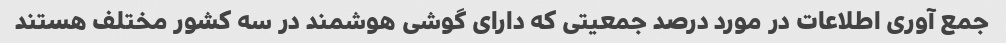
جمع آوری اطلاعات در مورد درصد جمعیتی که دارای گوشی هوشمند در سه کشور مختلف هستند